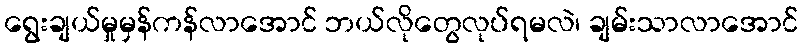
ရွေးချယ်မှုမှန်ကန်လာအောင် ဘယ်လိုတွေလုပ်ရမလဲ၊ ချမ်းသာလာအောင်